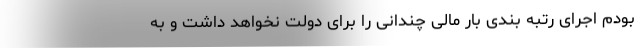
بودم اجرای رتبه بندی بار مالی چندانی را برای دولت نخواهد داشت و به